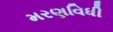
મરણવિધી